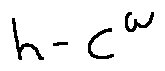
h - C ^ { w }